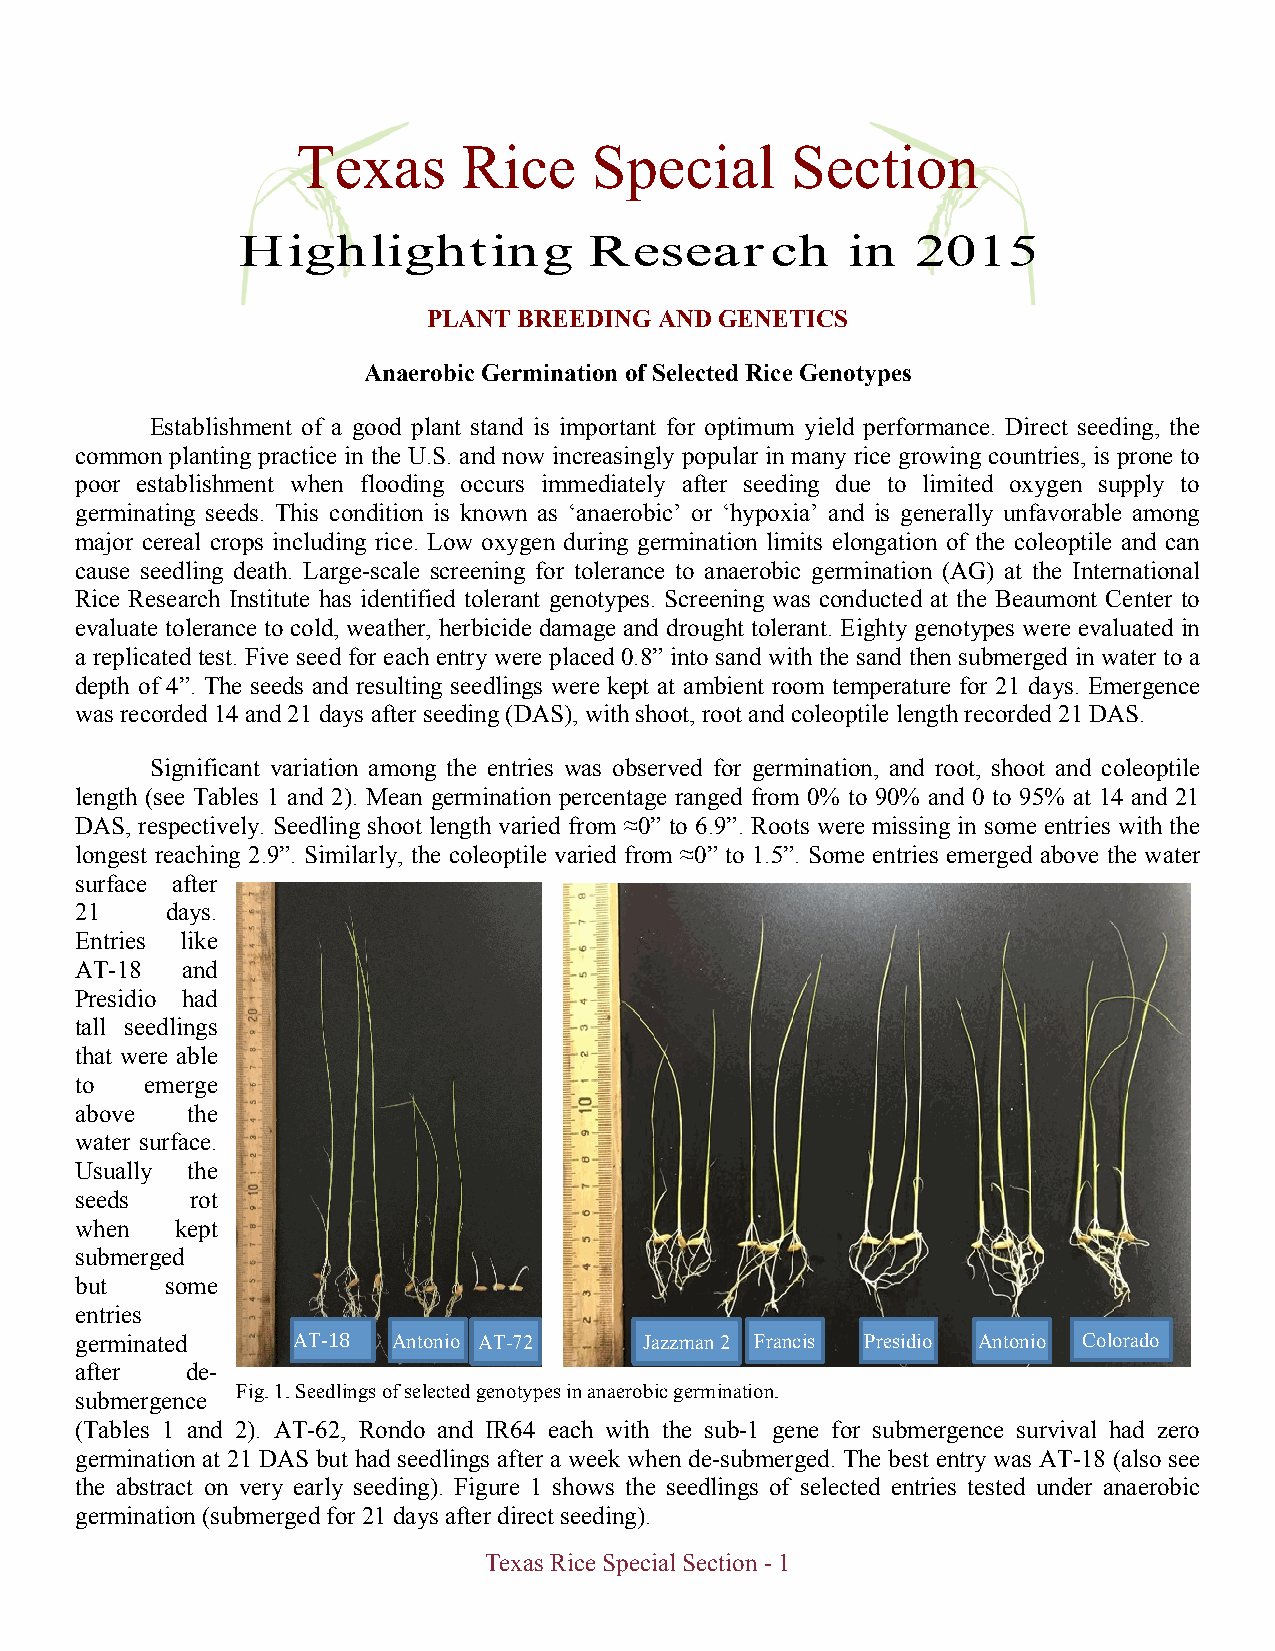
Texas      Rice    Special      Section
 PLANT BREEDING  AND GENETICS
 Anaerobic Germination of Selected Rice Genotypes
 Establishment of a good plant stand is important for optimum yield performance. Direct seeding, the
 common planting practice in the U.S. and now increasingly popular in many rice growing countries, is prone to
 poor establishment when flooding occurs immediately after seeding due to limited oxygen supply to
 germinating seeds. This condition is known as ‘anaerobic’ or ‘hypoxia’ and is generally unfavorable among
 major cereal crops including rice. Low oxygen during germination limits elongation of the coleoptile and can
 cause seedling death. Large-scale screening for tolerance to anaerobic germination (AG) at the International
 Rice Research Institute has identified tolerant genotypes. Screening was conducted at the Beaumont Center to
 evaluate tolerance to cold, weather, herbicide damage and drought tolerant. Eighty genotypes were evaluated in
 a replicated test. Five seed for each entry were placed 0.8” into sand with the sand then submerged in water to a
 depth of 4”. The seeds and resulting seedlings were kept at ambient room temperature for 21 days. Emergence
 was recorded 14 and 21 days after seeding (DAS), with shoot, root and coleoptile length recorded 21 DAS.
 Significant variation among the entries was observed for germination, and root, shoot and coleoptile
 length (see Tables 1 and 2). Mean germination percentage ranged from 0% to 90% and 0 to 95% at 14 and 21
 DAS, respectively. Seedling shoot length varied from ≈0” to 6.9”. Roots were missing in some entries with the
 longest reaching 2.9”. Similarly, the coleoptile varied from ≈0” to 1.5”. Some entries emerged above the water
 surface after
 21    days.
 Entries like
 AT-18  and
 Presidio had
 tall seedlings
 that were able
 to   emerge
 above  the
 water surface.
 Usually the
 seeds   rot
 when   kept
 submerged
 but   some
 entries
 germinated    AT-­‐18 Antonio AT-72   Jazzman 2 Francis Presidio Antonio Colorado
 after  de-
 Fig. 1. Seedlings of selected genotypes in anaerobic germination.
 submergence
 (Tables 1 and 2). AT-62, Rondo and IR64 each with the sub-1 gene for submergence survival had zero
 germination at 21 DAS but had seedlings after a week when de-submerged. The best entry was AT-18 (also see
 the abstract on very early seeding). Figure 1 shows the seedlings of selected entries tested under anaerobic
 germination (submerged for 21 days after direct seeding).
 Texas Rice Special Section - 1